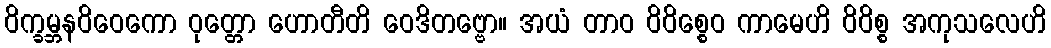
ဝိက္ခမ္ဘနဝိဝေကော ဝုတ္တော ဟောတီတိ ဝေဒိတဗ္ဗော။ အယံ တာဝ ဝိဝိစ္စေဝ ကာမေဟိ ဝိဝိစ္စ အကုသလေဟိ